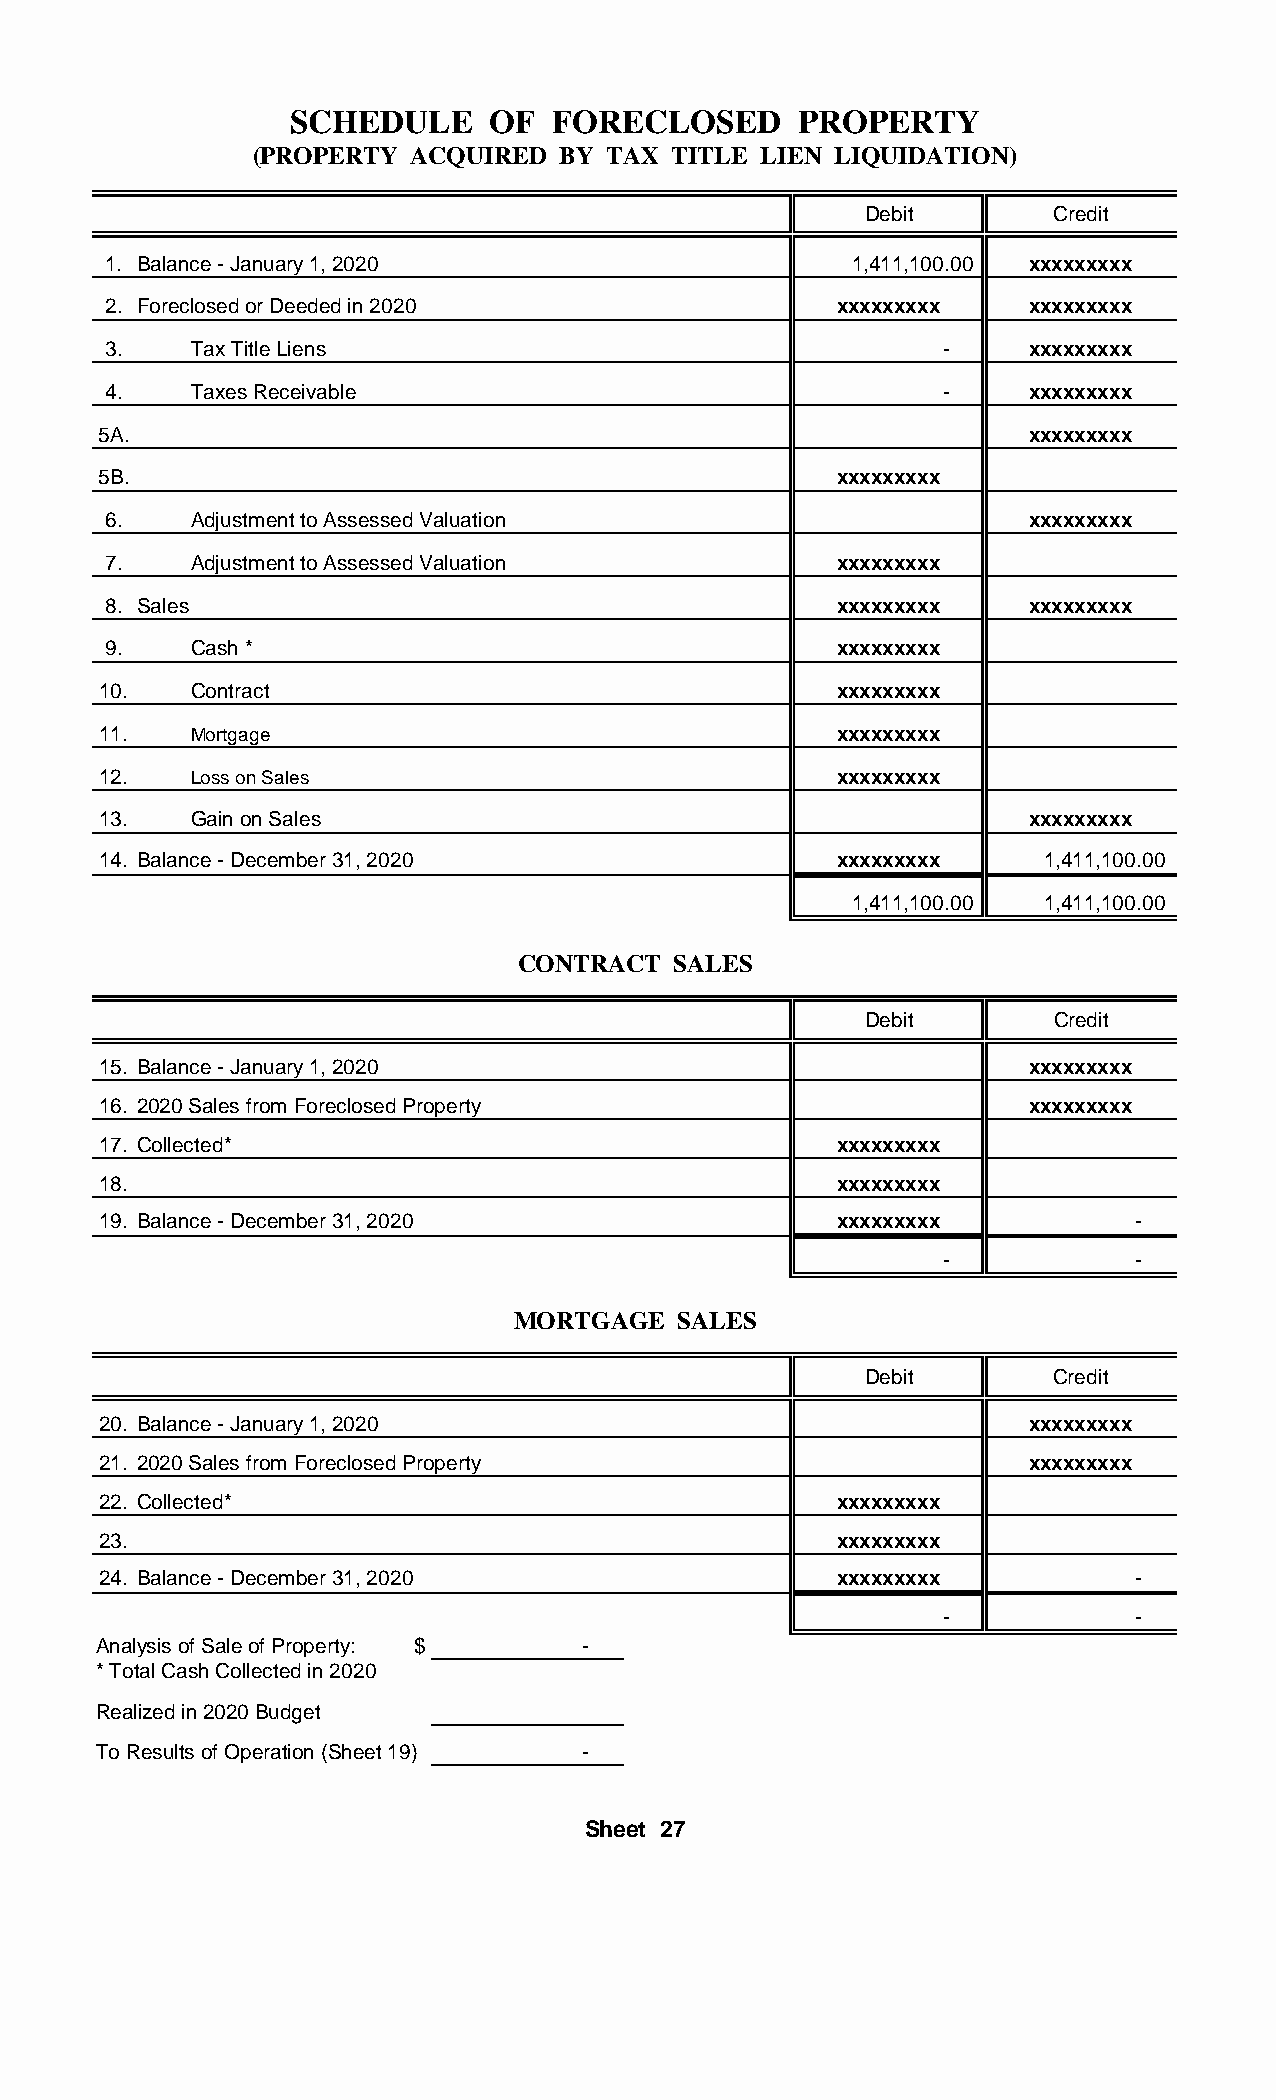
SCHEDULE     OF  FORECLOSED      PROPERTY
 (PROPERTY  ACQUIRED  BY TAX TITLE LIEN LIQUIDATION)
 Debit       Credit
 1. Balance - January 1, 2020                     1,411,100.00 xxxxxxxxx
 2. Foreclosed or Deeded in 2020                 xxxxxxxxx    xxxxxxxxx
 3.   Tax Title Liens                                   -     xxxxxxxxx
 4.   Taxes Receivable                                  -     xxxxxxxxx
 5A.                                                           xxxxxxxxx
 5B.                                              xxxxxxxxx
 6.   Adjustment to Assessed Valuation                        xxxxxxxxx
 7.   Adjustment to Assessed Valuation           xxxxxxxxx
 8. Sales                                        xxxxxxxxx    xxxxxxxxx
 9.   Cash *                                     xxxxxxxxx
 10.   Contract                                   xxxxxxxxx
 11.   Mortgage                                   xxxxxxxxx
 12.   Loss on Sales                              xxxxxxxxx
 13.   Gain on Sales                                           xxxxxxxxx
 14. Balance - December 31, 2020                  xxxxxxxxx     1,411,100.00
 1,411,100.00 1,411,100.00
 CONTRACT  SALES
 Debit       Credit
 15. Balance - January 1, 2020                                 xxxxxxxxx
 16. 2020 Sales from Foreclosed Property                       xxxxxxxxx
 17. Collected*                                   xxxxxxxxx
 18.                                              xxxxxxxxx
 19. Balance - December 31, 2020                  xxxxxxxxx           -
 -            -
 MORTGAGE  SALES
 Debit       Credit
 20. Balance - January 1, 2020                                 xxxxxxxxx
 21. 2020 Sales from Foreclosed Property                       xxxxxxxxx
 22. Collected*                                   xxxxxxxxx
 23.                                              xxxxxxxxx
 24. Balance - December 31, 2020                  xxxxxxxxx           -
 -            -
 Analysis of Sale of Property: $ -
 * Total Cash Collected in 2020
 Realized in 2020 Budget
 To Results of Operation (Sheet 19) -
 Sheet 27